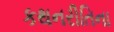
કથનરીતિના